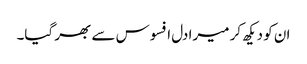
ان کو دیکھ کر میرا دل افسوس سے بھر گیا۔